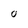
Character: O